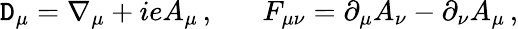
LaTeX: \mathtt{D}_{\mu}=\nabla_{\mu}+ieA_{\mu}\, ,\, \, \, \, \, \, \, \, \, \, F_{\mu\nu}=\partial_{\mu}A_{\nu}-\partial_{\nu}A_{\mu}\, ,